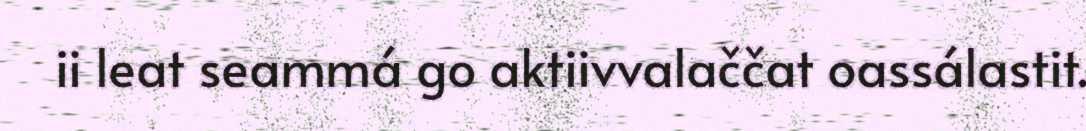
ii leat seammá go aktiivvalaččat oassálastit.